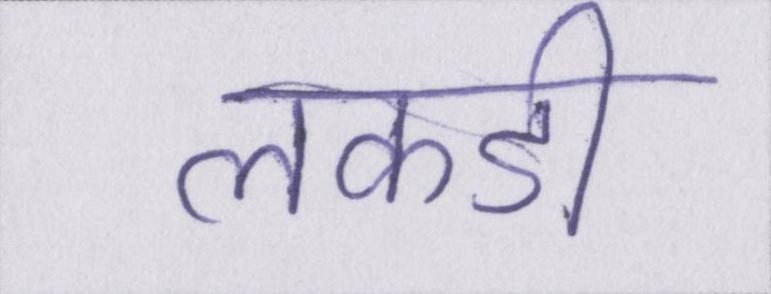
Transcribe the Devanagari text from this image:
लकडी